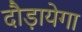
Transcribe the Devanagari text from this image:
दौड़ायेगा